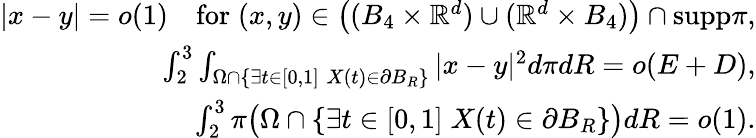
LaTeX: \begin{array}{r}{|x-y|=o(1)\quad\mathrm{for}\; (x,y)\in\big((B_{4}\times\mathbb{R}^{d})\cup(\mathbb{R}^{d}\times B_{4})\big)\cap\mathrm{supp}\pi,}\\ {\int_{2}^{3}\int_{\Omega\cap\{ \exists t\in[0,1]\; X(t)\in\partial B_{R}\} }|x-y|^{2}d\pi dR=o(E+D),}\\ {\int_{2}^{3}\pi\big(\Omega\cap\{ \exists t\in[0,1]\; X(t)\in\partial B_{R}\} \big)dR=o(1).}\end{array}